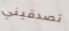
تصدقيني